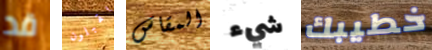
قد يقبلون المقاس شيء خطيبك